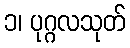
၁၊ ပုဂ္ဂလသုတ်